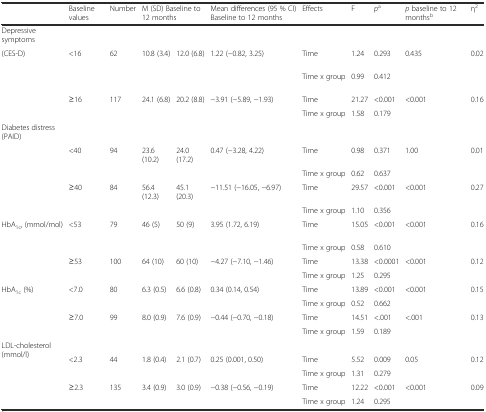
<table><thead><tr><td></td><td><b>Baseline values</b></td><td><b>Number</b></td><td colspan="2"><b>M (SD) Baseline to 12 months</b></td><td><b>Mean differences (95 % CI) Baseline to 12 months</b></td><td><b>Effects</b></td><td><b>F</b></td><td><b><i>p</i><sup>a</sup></b></td><td><b><i>p</i> baseline to 12 months<sup>b</sup></b></td><td><b>η<sup>2</sup></b></td></tr></thead><tbody><tr><td>Depressive symptoms</td><td></td><td></td><td></td><td></td><td></td><td></td><td></td><td></td><td></td><td></td></tr><tr><td rowspan="4">(CES-D)</td><td>&lt;16</td><td>62</td><td>10.8 (3.4)</td><td>12.0 (6.8)</td><td>1.22 (−0.82, 3.25)</td><td>Time</td><td>1.24</td><td>0.293</td><td>0.435</td><td>0.02</td></tr><tr><td></td><td></td><td></td><td></td><td></td><td>Time x group</td><td>0.99</td><td>0.412</td><td></td><td></td></tr><tr><td>≥16</td><td>117</td><td>24.1 (6.8)</td><td>20.2 (8.8)</td><td>−3.91 (−5.89, −1.93)</td><td>Time</td><td>21.27</td><td>&lt;0.001</td><td>&lt;0.001</td><td>0.16</td></tr><tr><td></td><td></td><td></td><td></td><td></td><td>Time x group</td><td>1.58</td><td>0.179</td><td></td><td></td></tr><tr><td>Diabetes distress (PAID)</td><td></td><td></td><td></td><td></td><td></td><td></td><td></td><td></td><td></td><td></td></tr><tr><td rowspan="4"></td><td>&lt;40</td><td>94</td><td>23.6 (10.2)</td><td>24.0 (17.2)</td><td>0.47 (−3.28, 4.22)</td><td>Time</td><td>0.98</td><td>0.371</td><td>1.00</td><td>0.01</td></tr><tr><td></td><td></td><td></td><td></td><td></td><td>Time x group</td><td>0.62</td><td>0.637</td><td></td><td></td></tr><tr><td>≥40</td><td>84</td><td>56.4 (12.3)</td><td>45.1 (20.3)</td><td>−11.51 (−16.05, −6.97)</td><td>Time</td><td>29.57</td><td>&lt;0.001</td><td>&lt;0.001</td><td>0.27</td></tr><tr><td></td><td></td><td></td><td></td><td></td><td>Time x group</td><td>1.10</td><td>0.356</td><td></td><td></td></tr><tr><td>HbA<sub>1c</sub>, (mmol/mol)</td><td>&lt;53</td><td>79</td><td>46 (5)</td><td>50 (9)</td><td>3.95 (1.72, 6.19)</td><td>Time</td><td>15.05</td><td>&lt;0.001</td><td>&lt;0.001</td><td>0.16</td></tr><tr><td></td><td></td><td></td><td></td><td></td><td></td><td>Time x group</td><td>0.58</td><td>0.610</td><td></td><td></td></tr><tr><td></td><td>≥53</td><td>100</td><td>64 (10)</td><td>60 (10)</td><td>−4.27 (−7.10, −1.46)</td><td>Time</td><td>13.38</td><td>&lt;0.0001</td><td>&lt;0.001</td><td>0.12</td></tr><tr><td></td><td></td><td></td><td></td><td></td><td></td><td>Time x group</td><td>1.25</td><td>0.295</td><td></td><td></td></tr><tr><td>HbA<sub>1c</sub> (%)</td><td>&lt;7.0</td><td>80</td><td>6.3 (0.5)</td><td>6.6 (0.8)</td><td>0.34 (0.14, 0.54)</td><td>Time</td><td>13.89</td><td>&lt;0.001</td><td>&lt;0.001</td><td>0.15</td></tr><tr><td></td><td></td><td></td><td></td><td></td><td></td><td>Time x group</td><td>0.52</td><td>0.662</td><td></td><td></td></tr><tr><td></td><td>≥7.0</td><td>99</td><td>8.0 (0.9)</td><td>7.6 (0.9)</td><td>−0.44 (−0.70, −0.18)</td><td>Time</td><td>14.51</td><td>&lt;.001</td><td>&lt;.001</td><td>0.13</td></tr><tr><td></td><td></td><td></td><td></td><td></td><td></td><td>Time x group</td><td>1.59</td><td>0.189</td><td></td><td></td></tr><tr><td rowspan="5">LDL-cholesterol (mmol/l)</td><td></td><td></td><td></td><td></td><td></td><td></td><td></td><td></td><td></td><td></td></tr><tr><td>&lt;2.3</td><td>44</td><td>1.8 (0.4)</td><td>2.1 (0.7)</td><td>0.25 (0.001, 0.50)</td><td>Time</td><td>5.52</td><td>0.009</td><td>0.05</td><td>0.12</td></tr><tr><td></td><td></td><td></td><td></td><td></td><td>Time x group</td><td>1.31</td><td>0.279</td><td></td><td></td></tr><tr><td>≥2.3</td><td>135</td><td>3.4 (0.9)</td><td>3.0 (0.9)</td><td>−0.38 (−0.56, −0.19)</td><td>Time</td><td>12.22</td><td>&lt;0.001</td><td>&lt;0.001</td><td>0.09</td></tr><tr><td></td><td></td><td colspan="2"></td><td></td><td>Time x group</td><td>1.24</td><td>0.295</td><td></td><td></td></tr></tbody></table>